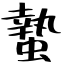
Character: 蟄